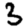
Digit: 3